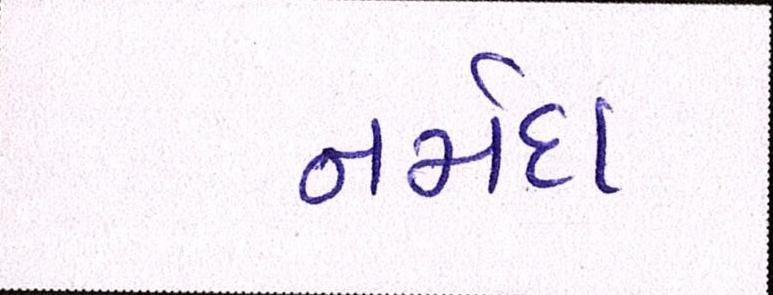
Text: નર્મદા